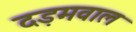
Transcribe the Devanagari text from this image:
दड़मवाल